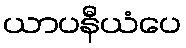
ယာပနီယံပေ